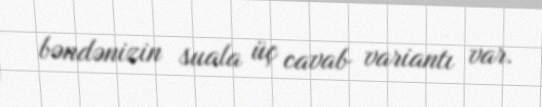
bəndənizin suala üç cavab variantı var.